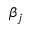
\beta _ { j }